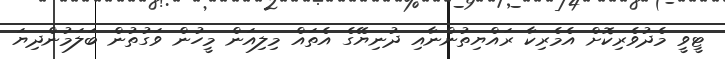
ޓީވީ މެދުވެރިކޮށް އެމެރިކާ ރައްޔިތުންނާއި ދުނިޔޭގެ އެތައް މިލިއަން މީހުން ވަގުތުން ބަލަމުންދިޔަ